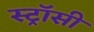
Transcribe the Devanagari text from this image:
स्ट्रॉसी